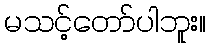
မသင့်တော်ပါဘူး။